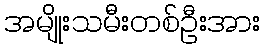
အမျိုးသမီးတစ်ဦးအား